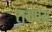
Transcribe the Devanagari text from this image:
रामप्रभू